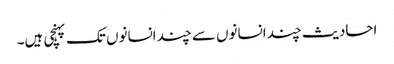
احادیث چند انسانوں سے چند انسانوں تک پہنچی ہیں۔